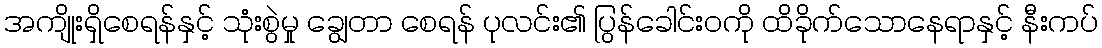
အကျိုးရှိစေရန်နှင့် သုံးစွဲမှု ချွေတာ စေရန် ပုလင်း၏ ပြွန်ခေါင်းဝကို ထိခိုက်သောနေရာနှင့် နီးကပ်